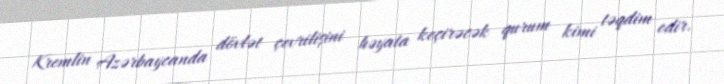
Kremlin Azərbaycanda dövlət çevrilişini həyata keçirəcək qurum kimi təqdim edir.